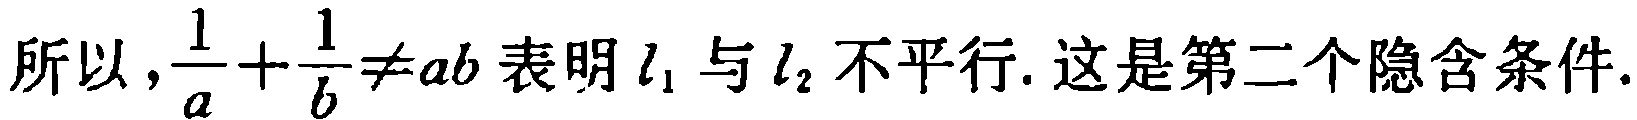
所以，\(\frac{1}{a}+\frac{1}{b}\neq ab\)表明\(l_1\)与\(l_2\)不平行. 这是第二个隐含条件.